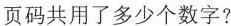
页码共用了多少个数字?